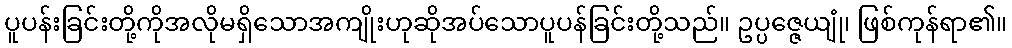
ပူပန်းခြင်းတို့ကိုအလိုမရှိသောအကျိုးဟုဆိုအပ်သောပူပန်ခြင်းတို့သည်။ ဥပ္ပဇ္ဇေယျုံ၊ ဖြစ်ကုန်ရာ၏။